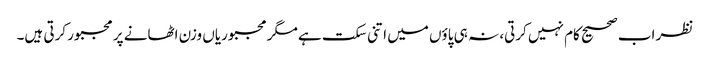
نظر اب صحیح کام نہیں کرتی، نہ ہی پاؤں میں اتنی سکت ہے مگر مجبوریاں وزن اٹھانے پر مجبور کرتی ہیں۔